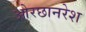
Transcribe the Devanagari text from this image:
ओरछानरेश